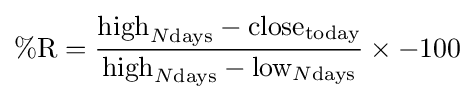
\%{\text{R}}={{\text{high}}_{N{\text{days}}}-{\text{close}}_{\text{today}} \over {\text{high}}_{N{\text{days}}}-{\text{low}}_{N{\text{days}}}}\times -100